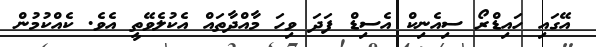
އޭގައި ހައިޑްރޯ ސިއެނިކް އެސިޑް ފަދަ ވިހަ މާއްދާތައް އެކުލެވޭތީ އެވެ. ކެއްކުމުން